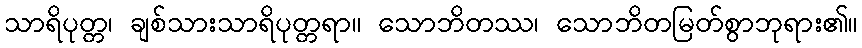
သာရိပုတ္တ၊ ချစ်သားသာရိပုတ္တရာ။ သောဘိတဿ၊ သောဘိတမြတ်စွာဘုရား၏။